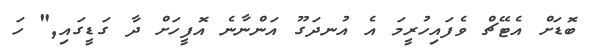
ބޮޑަށް އެޓޭޗް ވެފައިހުރީމަ އެ އުނދަގޫ އަންނާނެ އޮފީހަށް ދާ ގަޑީގައި